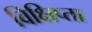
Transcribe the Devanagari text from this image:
विक्षिप्ता